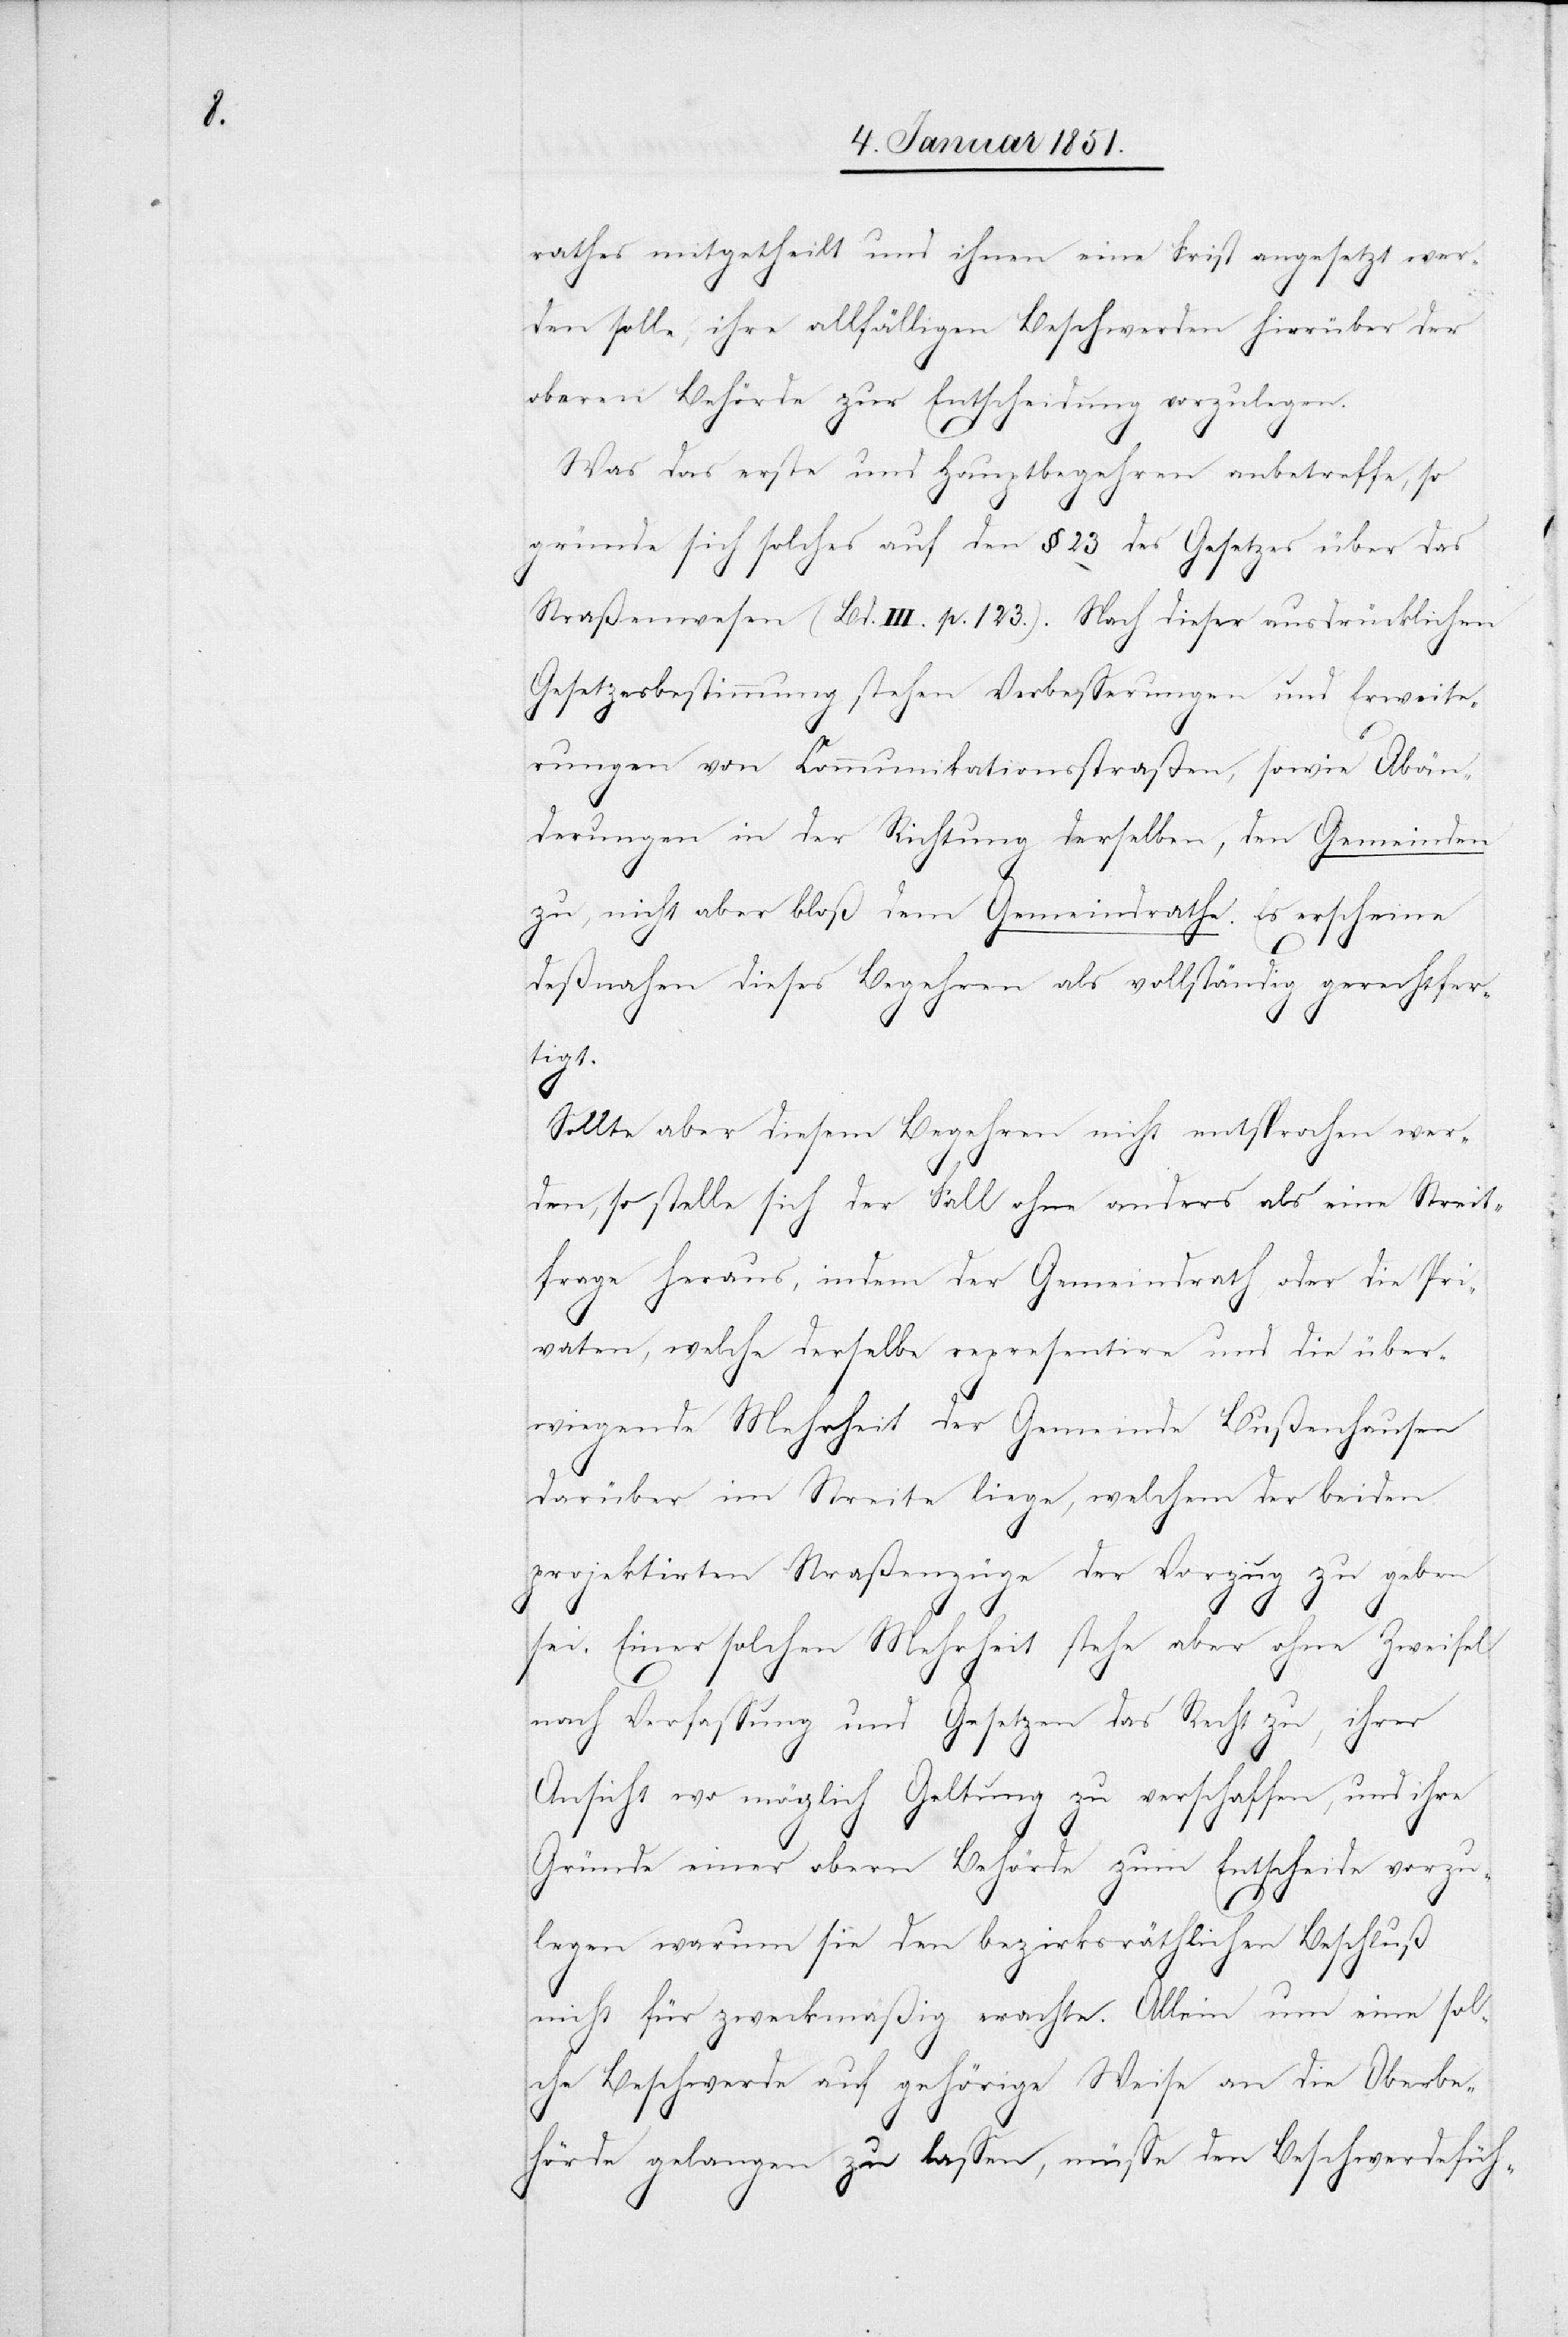
rathes mitgetheilt und ihnen eine Frist angesetzt wer¬
den solle, ihre allfälligen Beschwerden hierüber der
oberen Behörde zur Entscheidung vorzulegen.
Was das erste und Hauptbegehren anbetreffe, so
gründe sich solches auf den § 23 des Gesetzes über das
Straßenwesen (Bd. III. p. 123.). Nach dieser ausdrücklichen
Gesetzesbestimmung stehen Verbesserungen und Erweite¬
rungen von Communikationsstraßen, sowie Abän¬
derungen in der Richtung derselben, den Gemeinden
zu, nicht aber bloß dem Gemeindrathe. Es erscheine
deßnahen dieses Begehren als vollständig gerechtfer¬
tigt.
Sollte aber diesem Begehren nicht entsprochen wer¬
den, so stelle sich der Fall ohne anders als eine Streit¬
frage heraus, indem der Gemeindrath oder die Pri¬
vaten, welche derselbe representire und die über¬
wiegende Mehrheit der Gemeinde Bußenhausen
darüber im Streite liege, welchem der beiden
projektirten Straßenzüge der Vorzug zu geben
sei. Einer solchen Mehrheit stehe aber ohne Zweifel
nach Verfassung und Gesetzen das Recht zu, ihrer
Ansicht wo möglich Geltung zu verschaffen, und ihre
Gründe einer obern Behörde zum Entscheide vorzu¬
legen warum sie den bezirksräthlichen Beschluß
nicht für zweckmäßig erachte. Allein um eine sol¬
che Beschwerde auf gehörige Weise an die Oberbe¬
hörde gelangen zu lassen, müsse den Beschwerdefüh-